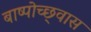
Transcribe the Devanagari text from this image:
बाष्पोच्छ्‌वास